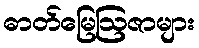
ဓာတ်မြေဩဇာများ